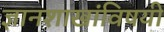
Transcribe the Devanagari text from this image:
ज्ञानशाखांविषयी